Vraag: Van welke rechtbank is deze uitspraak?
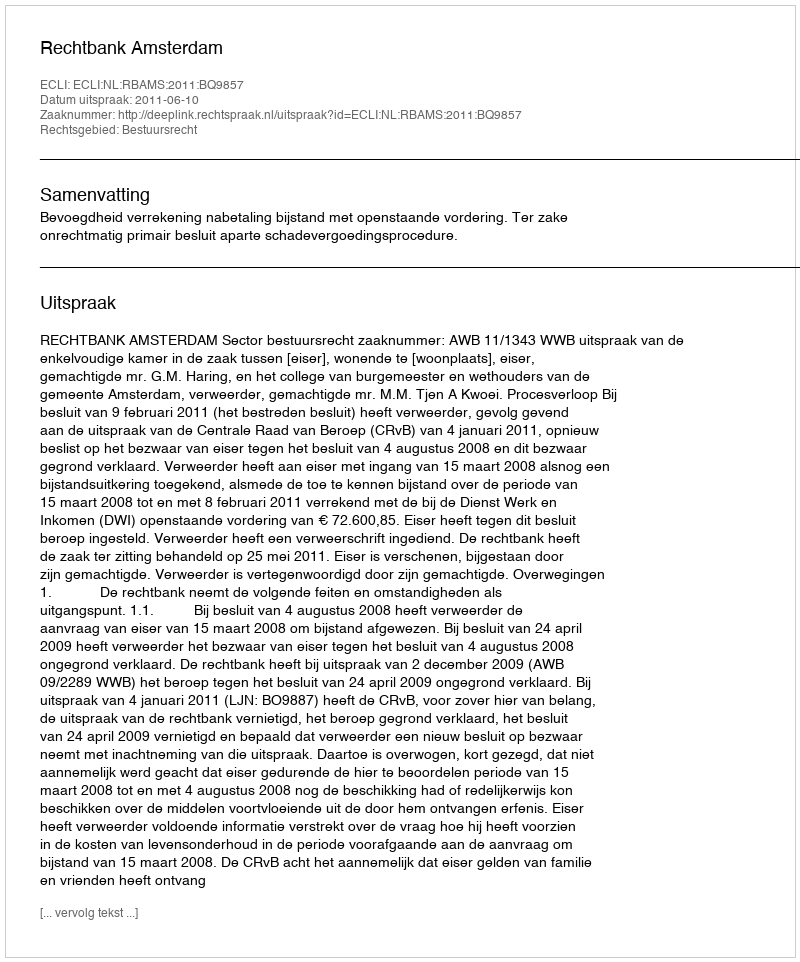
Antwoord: Rechtbank Amsterdam